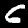
Label: 6